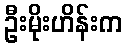
ဦးမိုးဟိန်းက